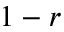
1 - r